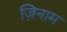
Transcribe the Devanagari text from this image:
ज़िनाम